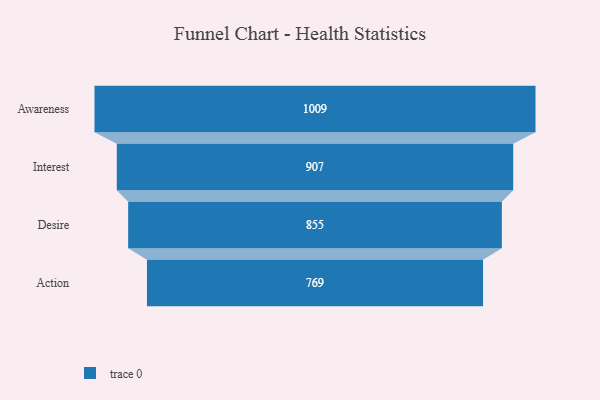
{"axis": {"x": "Stage", "y": "Value"}, "legend": [""], "data": [{"x": "Awareness", "y": 1009.0, "type": ""}, {"x": "Interest", "y": 907.0, "type": ""}, {"x": "Desire", "y": 855.0, "type": ""}, {"x": "Action", "y": 769.0, "type": ""}]}